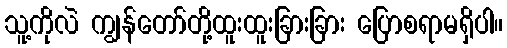
သူ့ကိုလဲ ကျွန်တော်တို့ထူးထူးခြားခြား ပြောစရာမရှိပါ။